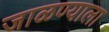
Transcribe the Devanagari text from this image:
जाळण्याला